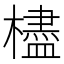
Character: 㯸